Report of veterinary surgeon J.H. Steel, A.V.D., on his investigation into an obscure and fatal disease among transport mules in British Burma
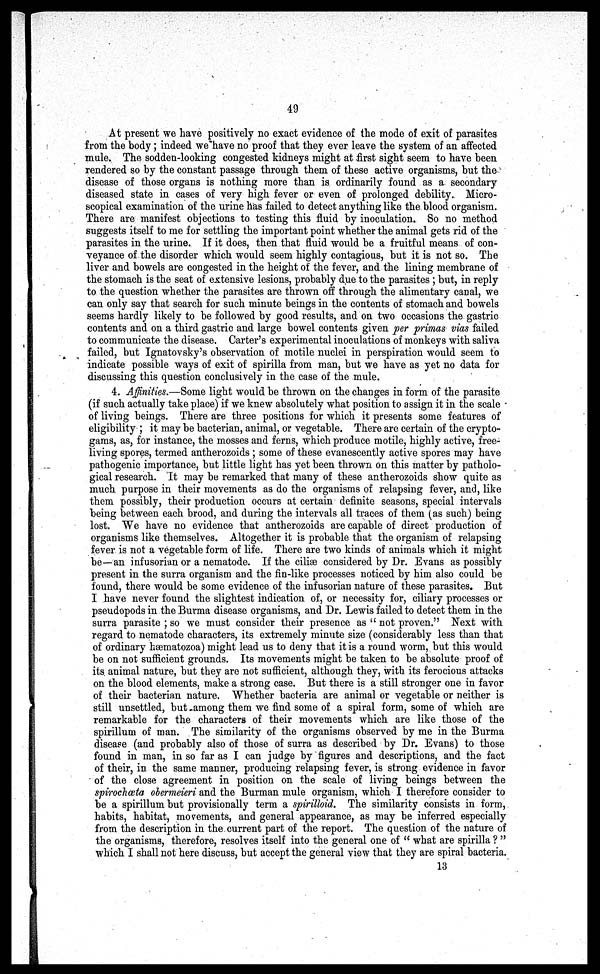
49
At present we have positively no exact evidence of the mode of exit of parasites
from the body; indeed we have no proof that they ever leave the system of an affected
mule. The sodden-looking congested kidneys might at first sight seem to have been
rendered so by the constant passage through them of these active organisms, but the
disease of those organs is nothing more than is ordinarily found as a secondary
diseased state in cases of very high fever or even of prolonged debility. Micro-
scopical examination of the urine has failed to detect anything like the blood organism.
There are manifest objections to testing this fluid by inoculation. So no method
suggests itself to me for settling the important point whether the animal gets rid of the
parasites in the urine. If it does, then that fluid would be a fruitful means of con-
veyance of the disorder which would seem highly contagious, but it is not so. The
liver and bowels are congested in the height of the fever, and the lining membrane of
the stomach is the seat of extensive lesions, probably due to the parasites ; but, in reply
to the question whether the parasites are thrown off through the alimentary canal, we
can only say that search for such minute beings in the contents of stomach and bowels
seems hardly likely to be followed by good results, and on two occasions the gastric
contents and on a third gastric and large bowel contents given per primas vias failed
to communicate the disease. Carter's experimental inoculations of monkeys with saliva
failed, but Ignatovsky's observation of motile nuclei in perspiration would seem to
indicate possible ways of exit of spirilla from man, but we have as yet no data for
discussing this question conclusively in the case of the mule.
4. Affinities.—Some light would be thrown on the changes in form of the parasite
(if such actually take place) if we knew absolutely what position to assign it in the scale
of living beings. There are three positions for which it presents some features of
eligibility ; it may be bacterian, animal, or vegetable. There are certain of the crypto-
gams, as, for instance, the mosses and ferns, which produce motile, highly active, free-
living spores, termed antherozoids ; some of these evanescently active spores may have
pathogenic importance, but little light has yet been thrown on this matter by patholo-
gical research. It may be remarked that many of these antherozoids show quite as
much purpose in their movements as do the organisms of relapsing fever, and, like
them possibly, their production occurs at certain definite seasons, special intervals
being between each brood, and during the intervals all traces of them (as such) being
lost. We have no evidence that antherozoids are capable of direct production of
organisms like themselves. Altogether it is probable that the organism of relapsing
fever is not a vegetable form of life. There are two kinds of animals which it might
be—an infusorian or a nematode. If the ciliae considered by Dr. Evans as possibly
present in the surra organism and the fin-like processes noticed by him also could be
found, there would be some evidence of the infusorian nature of these parasites. But
I have never found the slightest indication of, or necessity for, ciliary processes or
pseudopods in the Burma disease organisms, and Dr. Lewis failed to detect them in the
surra parasite ; so we must consider their presence as " not proven." Next with
regard to nematode characters, its extremely minute size (considerably less than that
of ordinary haematozoa) might lead us to deny that it is a round worm, but this would
be on not sufficient grounds. Its movements might be taken to be absolute proof of
its animal nature, but they are not sufficient, although they, with its ferocious attacks
on the blood elements, make a strong case. But there is a still stronger one in favor
of their bacterian nature. Whether bacteria are animal or vegetable or neither is
still unsettled, but among them we find some of a spiral form, some of which are
remarkable for the characters of their movements which are like those of the
spirillum of man. The similarity of the organisms observed by me in the Burma
disease (and probably also of those of surra as described by Dr. Evans) to those
found in man, in so far as I can judge by figures and descriptions, and the fact
of their, in the same manner, producing relapsing fever, is strong evidence in favor
of the close agreement in position on the scale of living beings between the
spirochoeta obermeieri and the Burman mule organism, which I therefore consider to
be a spirillum but provisionally term a spirilloid. The similarity consists in form,
habits, habitat, movements, and general appearance, as may be inferred especially
from the description in the.current part of the report. The question of the nature of
the organisms, therefore, resolves itself into the general one of " what are spirilla ? "
which I shall not here discuss, but accept the general view that they are spiral bacteria.
13